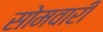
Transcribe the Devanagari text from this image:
सोमवारीं